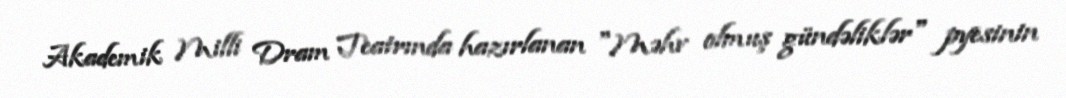
Akademik Milli Dram Teatrında hazırlanan "Məhv olmuş gündəliklər" pyesinin